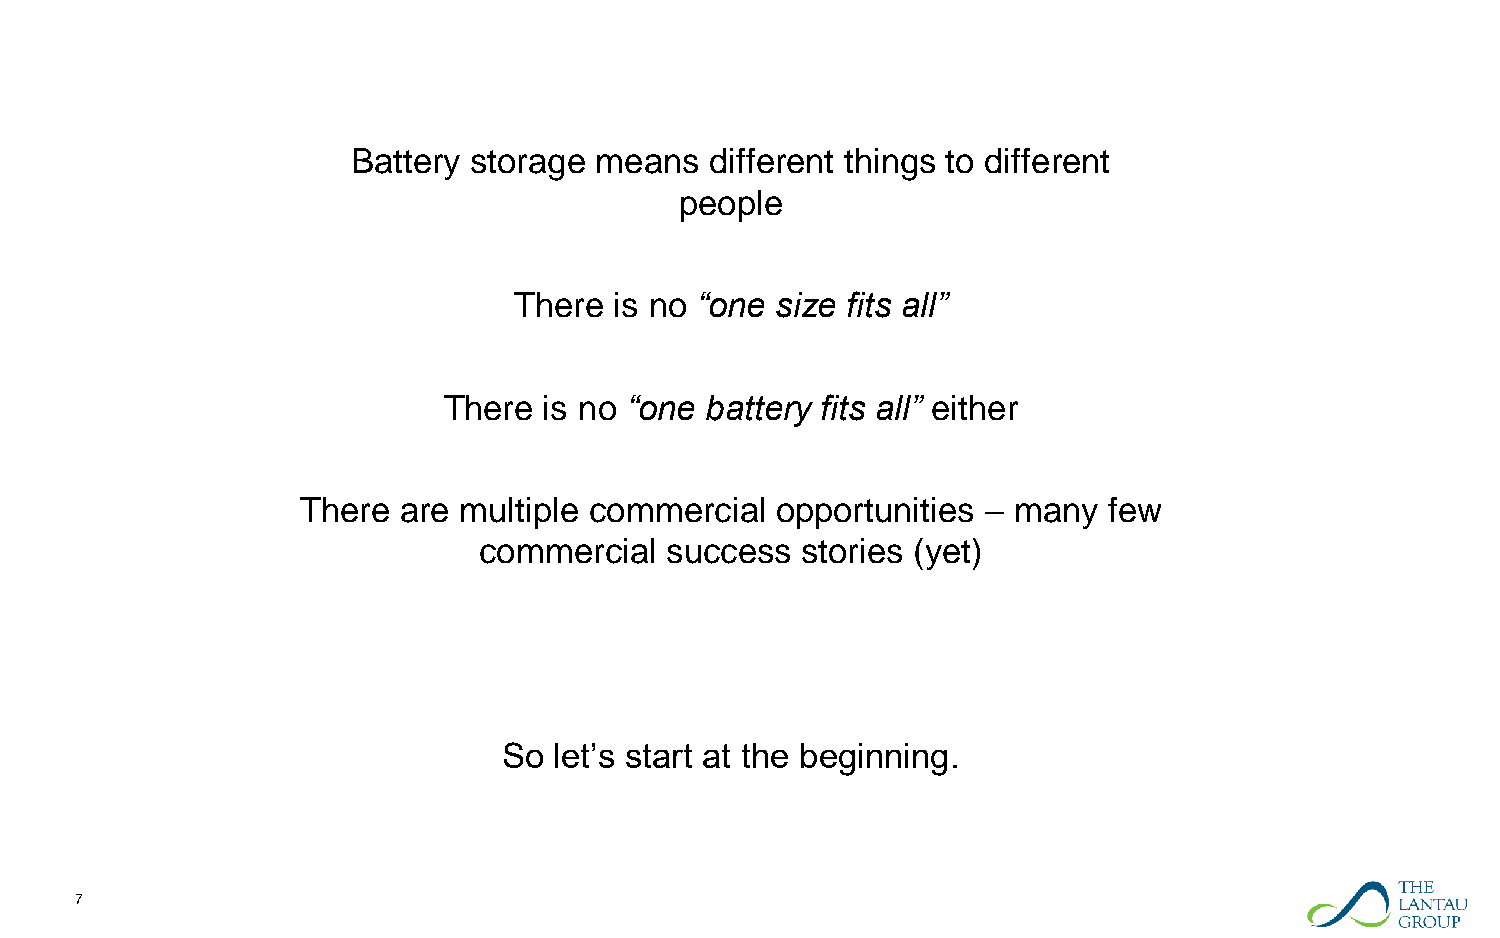
Battery storage means   different things to different
 people
 There  is no “one size fits all”
 There  is no “one battery fits all” either
 There are multiple commercial  opportunities – many  few
 commercial  success  stories (yet)
 So  let’s start at the beginning.
 7